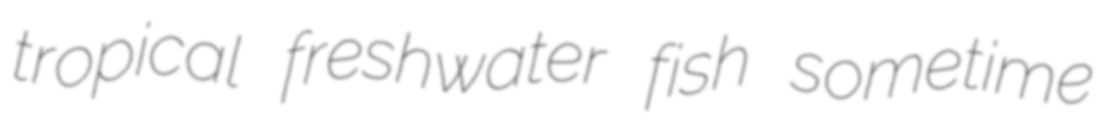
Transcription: tropical freshwater fish sometime